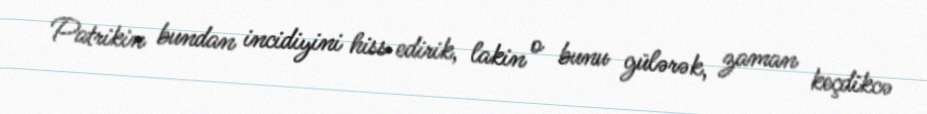
Patrikin bundan incidiyini hiss edirik, lakin o bunu gülərək, zaman keçdikcə